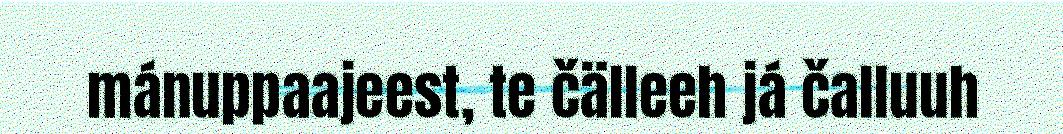
mánuppaajeest, te čälleeh já čalluuh